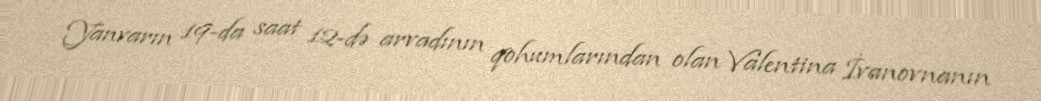
Yanvarın 19-da saat 12-də arvadının qohumlarından olan Valentina İvanovnanın